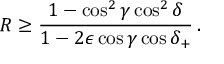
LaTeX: R \geq \frac { 1 - \cos ^ { 2 } \gamma \cos ^ { 2 } \delta } { 1 - 2 \epsilon \cos \gamma \cos \delta _ { + } } \, .